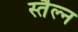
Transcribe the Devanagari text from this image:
स्तैल्न